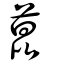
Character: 菎